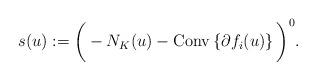
LaTeX: \begin{align*} s(u) := \bigg(-N_K(u) - \mbox{Conv}\left\{\partial f_i(u) \right\} \bigg)^{0}. \end{align*}